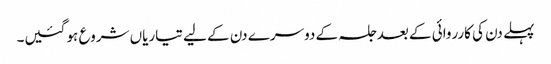
پہلے دن کی کارروائی کے بعد جلسہ کے دوسرے دن کے لیے تیاریاں شروع ہو گئیں۔